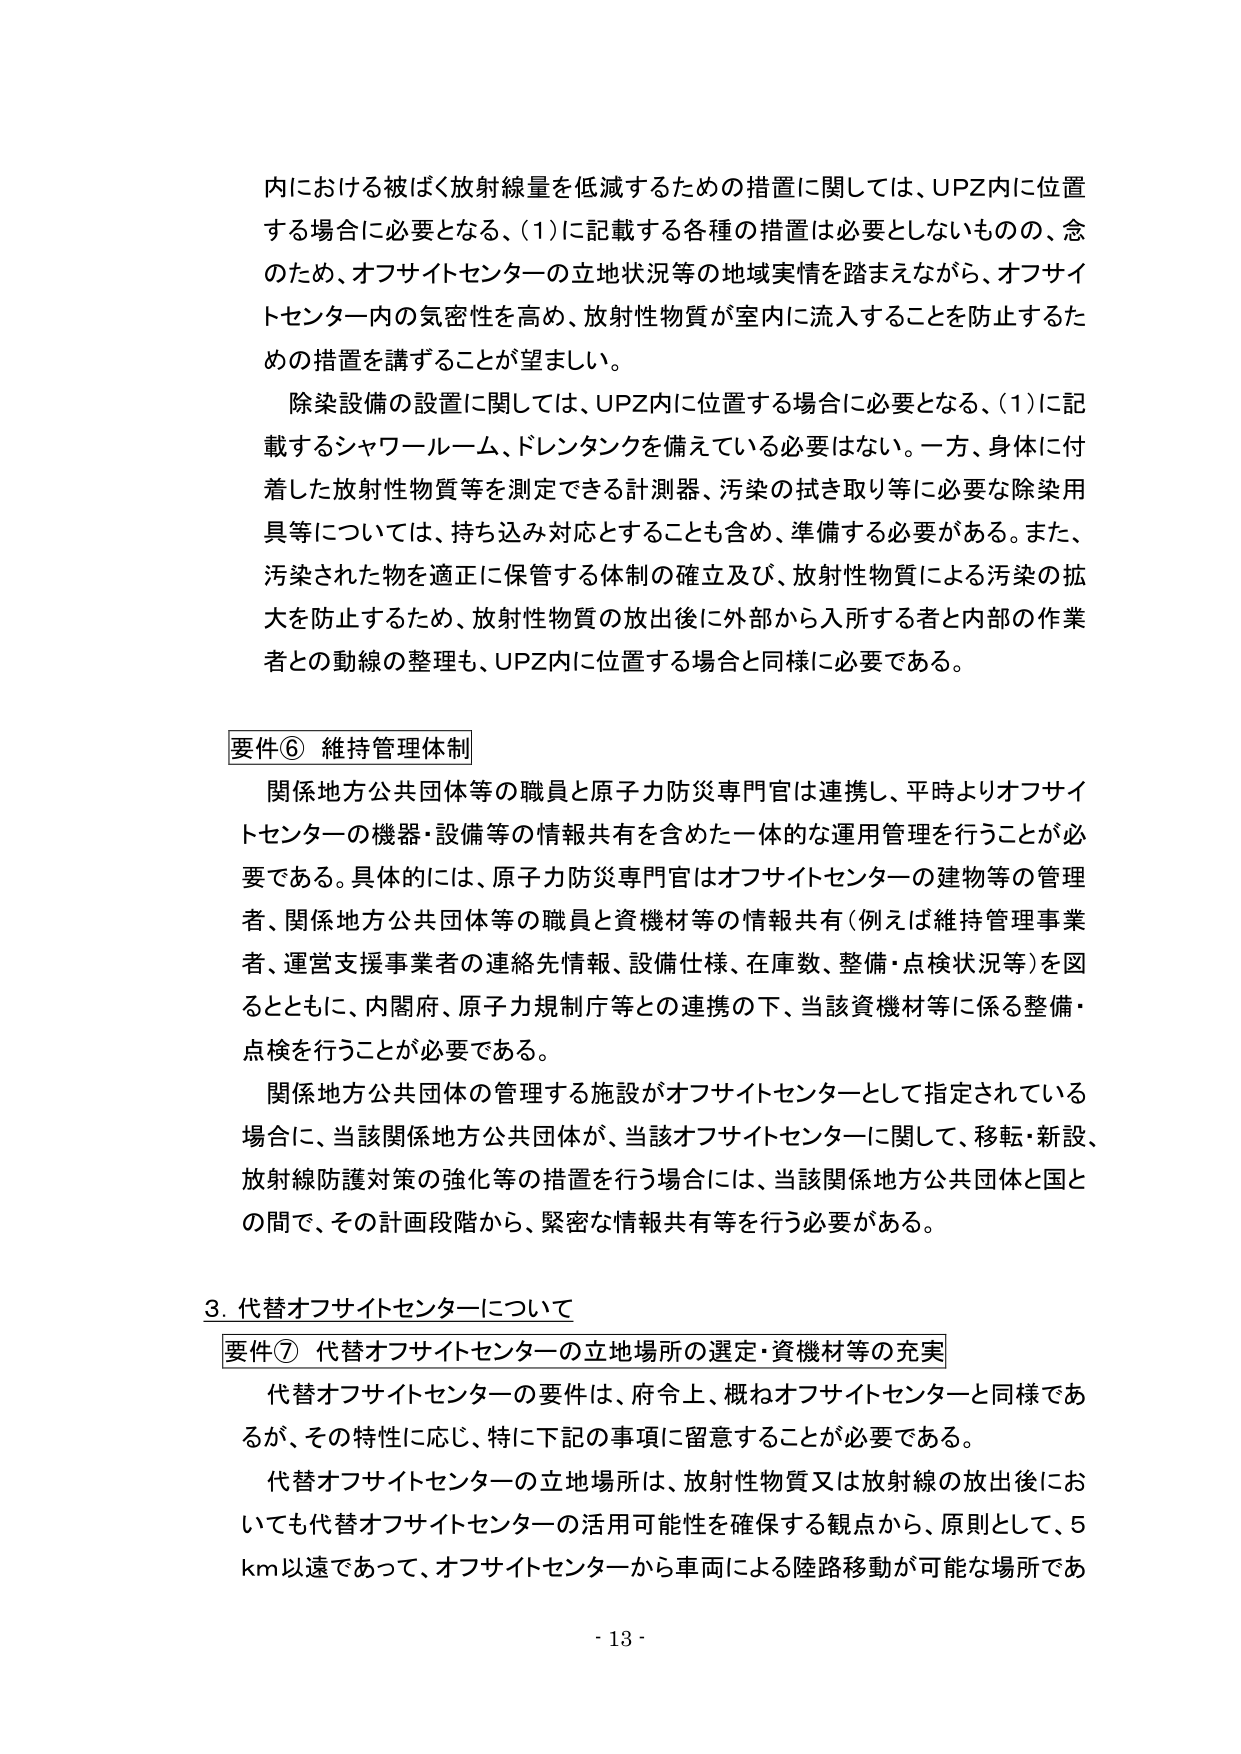
内における被ばく放射線量を低減するための措置に関しては、UPZ内に位置する場合に必要となる、(1)に記載する各種の措置は必要としないものの、念のため、オフサイトセンターの立地状況等の地域実情を踏まえながら、オフサイトセンター内の気密性を高め、放射性物質が室内に流入することを防止するための措置を講ずることが望ましい。

除染設備の設置に関しては、UPZ内に位置する場合に必要となる、(1)に記載するシャワールーム、ドレンタンクを備えている必要はない。一方、身体に付着した放射性物質等を測定できる計測器、汚染の拭き取り等に必要な除染用具等については、持ち込み対応することも含め、準備する必要がある。また、汚染された物を適正に保管する体制の確立及び、放射性物質による汚染の拡大を防止するため、放射性物質の放出後に外部から入所する者と内部の作業者との動線の整理も、UPZ内に位置する場合と同様に必要である。

要件⑥ 維持管理体制

関係地方公共団体等の職員と原子力防災専門官は連携し、平時よりオフサイトセンターの機器・設備等の情報共有を含めた一体的な運用管理を行うことが必要である。具体的には、原子力防災専門官はオフサイトセンターの建物等の管理者、関係地方公共団体等の職員と資機材等の情報共有（例えば維持管理事業者、運営支援事業者の連絡先情報、設備仕様、在庫数、整備・点検状況等）を図るとともに、内閣府、原子力規制庁等との連携の下、当該資機材等に係る整備・点検を行うことが必要である。

関係地方公共団体の管理する施設がオフサイトセンターとして指定されている場合に、当該関係地方公共団体が、当該オフサイトセンターに関して、移転・新設、放射線防護対策の強化等の措置を行う場合には、当該関係地方公共団体と国との間で、その計画段階から、緊密な情報共有等を行う必要がある。

3. 代替オフサイトセンターについて

要件⑦ 代替オフサイトセンターの立地場所の選定・資機材等の充実

代替オフサイトセンターの要件は、府令上、概ねオフサイトセンターと同様であるが、その特性に応じ、特に下記の事項に留意することが必要である。

代替オフサイトセンターの立地場所は、放射性物質又は放射線の放出後においても代替オフサイトセンターの活用可能性を確保する観点から、原則として、5 km以遠であって、オフサイトセンターから車両による陸路移動が可能な場所であ

- 13 -